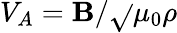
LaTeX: V_{A}=\mathbf{B}/\sqrt{}{{\mu_{0}\rho}}